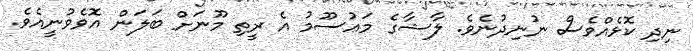
ނިދި ކޮޅެއްވެސް ނުނިދުނެވެ. ލާޝާގެ މައުސޫމު އެ ރީތި މޫނަށް ބަލަން އޮވެވުނީއެވެ.